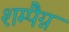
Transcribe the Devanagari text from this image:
शम्पैग्न